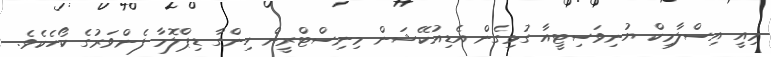
މިއީ އިސްލާމިކް ޔުނިވަސިޓީއާ ގުޅިގެން އެޑިއުކޭޝަން މިނިސްޓްރީން ހިންގާ ޑިޕްލޮމާ ފެންވަރުގެ ކޯހެކެވެ.